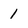
Character: 1